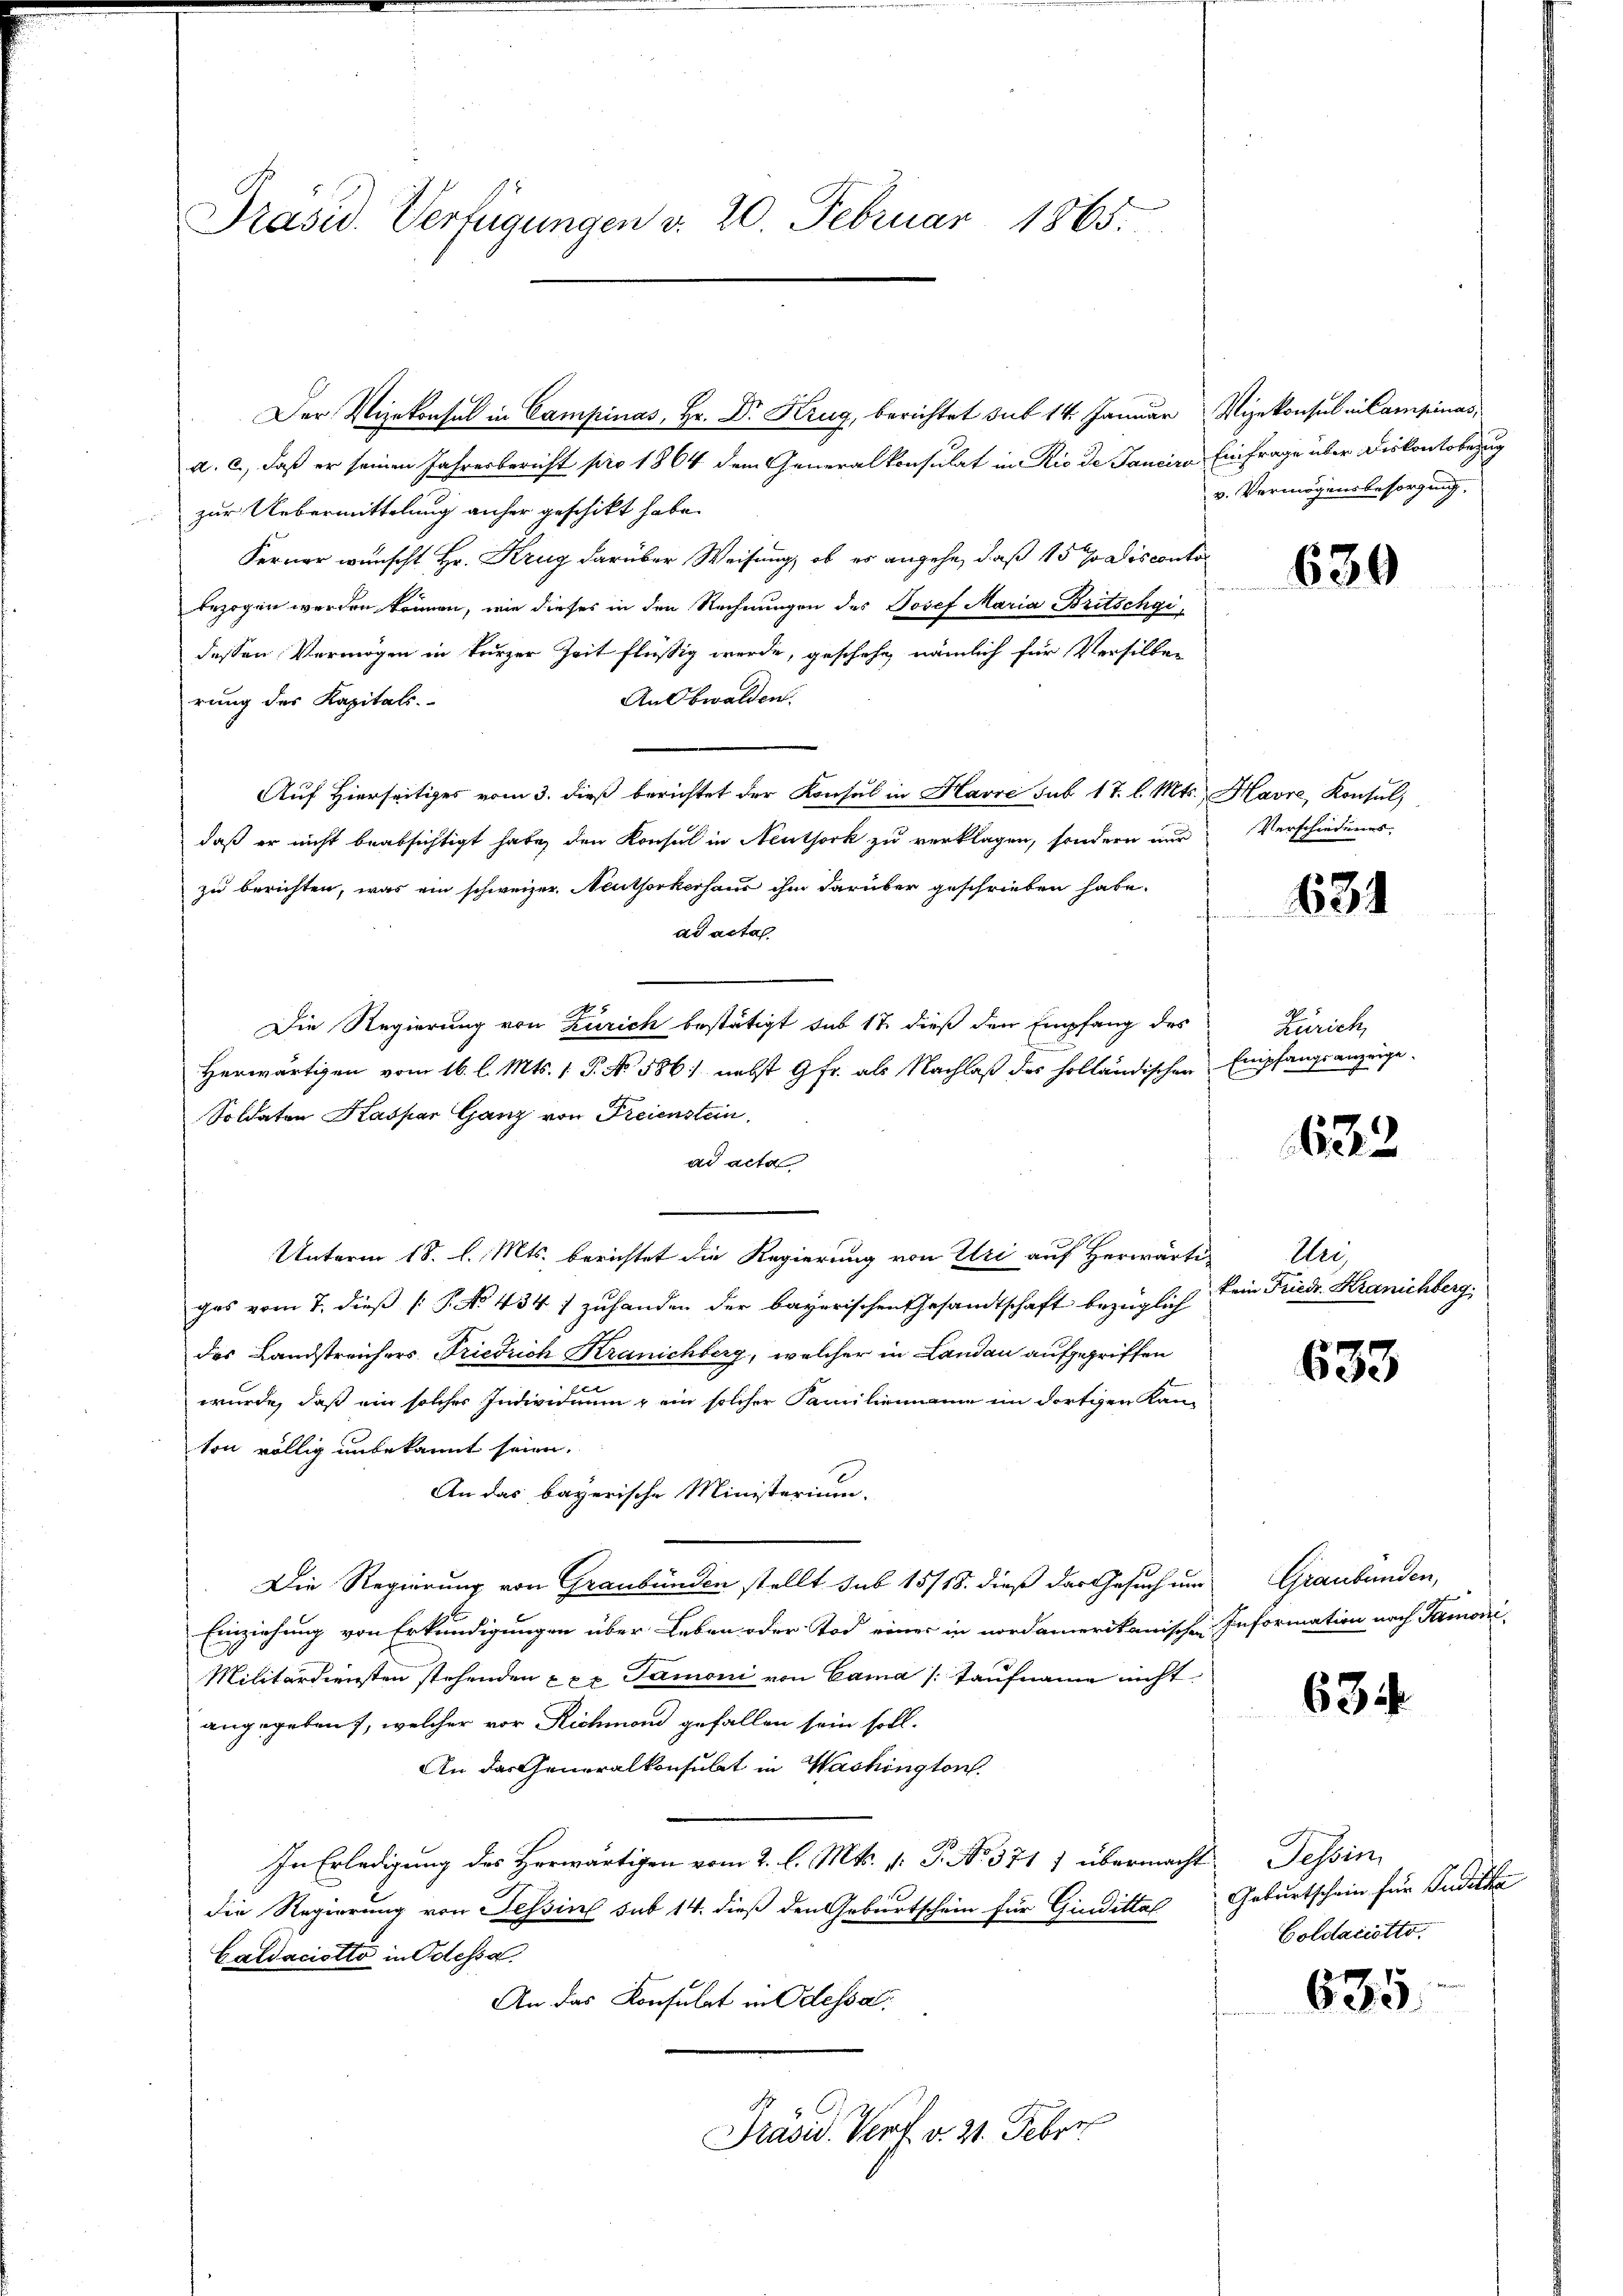
Präsid. Verfügungen v. 20. Februar 1865.

Der Vizekonsul in Campinas, Hr. Dr. Krug, berichtet sub 14. Januar Vizekonsul in Campinas,
a. c., daß er seinen Jahresbericht pro 1864 dem Generalkonsulat in Rio de Janeiro Einfrage über Diskontobezug
zur Uebermittelung anher geschikt habe.
Ferner wünscht Hr. Krug darüber Weisung, ob es angehe, daß 15 Jodisconto
bezogen werden können, wie dieses in den Rechnungen des Josef Maria Britschgi
dessen Vermögen in kurzer Zeit flüßig werde, geschehe, nämlich für Versilber
An Obwalden.
rung des Kapitals.
Auf Hierseitiges vom 3. dieß berichtet der Konsul in Havre sub 17. l. Mts., Havre, Konsul,
daß er nicht beabsichtigt habe, den Konsul in Neuthork zu verklagen, sondern nur
zu berichten, was ein schweizer, Neuthorkerhaus ihm darüber geschrieben habe.
ad acta
Die Regierung von Zürich bestätigt sub 17 dieß den Empfang des
Herwärtigen vom 16. l. Mts. 1 P. No 586) nebst 9fr. als Nachlaß des holländischen Empfangsanzeige
Soldaten Kaspar Ganz von Freienstein
ad acta
Unterm 18. l. Mts. berichtet die Regierung von Uri auf Herwärti
gas vom 7. dieß P. No 434 1 zuhanden der bayerischen Gesandtschaft bezüglich
des Landstreichers Friedrich Kranichberg, welcher in Landau aufgegriffen
wurde, daß ein solches Individuum ein solcher Familienmann im dortigen Kan-
ton völlig unbekannt seien.
An das bayerische Ministerium.
Die Regierung von Graubünden stellt sub 15/18. dieß das Gesuch um
Einziehung von Erkundigungen über Leben oder Tod einer in nordamerikanischen Information nach Tamoni,
Militärdiensten stehenden xxx Tamoni von Cama /: Taufname nicht
angegeben, welcher vor Richmand gefallen sein soll.
An das Generalkonsulat in Washington
In Erledigung des Herwärtigen vom 2. l. Mts. f. P. No. 371 1 übermacht
die Regierung von Tessin sub 14. dieß den Geburtschein für Giudittal
Caldaciotto in Odessa.
An das Konsulat in Odessa
Präsid. Torf v. 21. Febru

v. Vermögensbesorgung.

630

Verschiedenes.

631

Zürich,

633

Au
kein Friedr. Kranichberg.

633

Graubünden,

634

Tessin
Geburtschein für Juditka
Goldaciötto.

635.